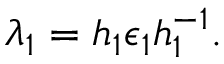
\lambda _ { 1 } = h _ { 1 } \epsilon _ { 1 } h _ { 1 } ^ { - 1 } .